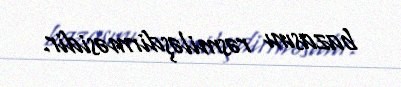
bazasını rəsmiləşdirməsidir.